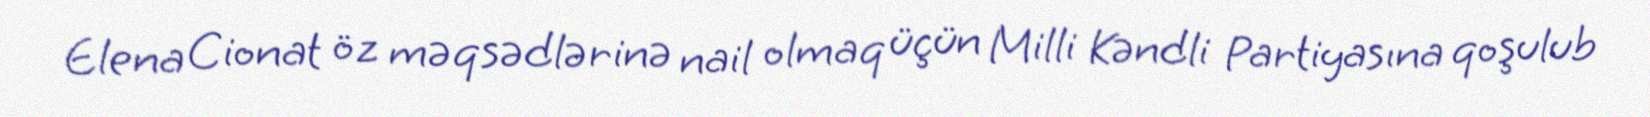
Elena Cionat öz məqsədlərinə nail olmaq üçün Milli Kəndli Partiyasına qoşulub